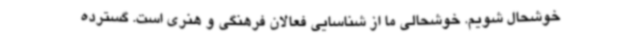
خوشحال شویم. خوشحالی ما از شناسایی فعالان فرهنگی و هنری است. گسترده